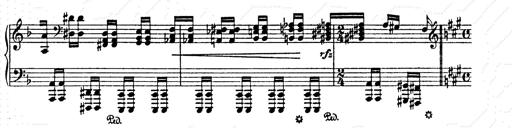
Title: AnnÃ©es de pÃ¨lerinage II
Composer: Franz Liszt